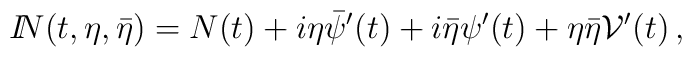
{I\!\!N}(t,\eta ,\bar\eta )=N(t)+i\eta\bar\psi^\prime (t)+i\bar\eta\psi^\prime(t)+\eta\bar\eta {\cal V}^\prime (t) \, ,